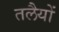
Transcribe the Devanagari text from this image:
तलेैयों